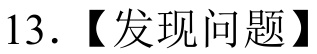
13. 【发现问题】